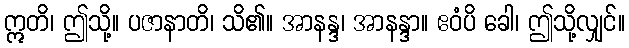
ဣတိ၊ ဤသို့။ ပဇာနာတိ၊ သိ၏။ အာနန္ဒ၊ အာနန္ဒာ။ ဧဝံပိ ခေါ၊ ဤသို့လျှင်။